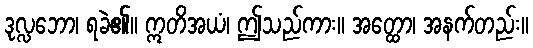
ဒုလ္လဘော၊ ရခဲ၏။ ဣတိအယံ၊ ဤသည်ကား။ အတ္ထော၊ အနက်တည်း။